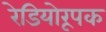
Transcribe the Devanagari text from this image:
रेडियोरूपक